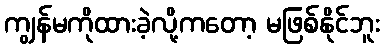
ကျွန်မကိုထားခဲ့လို့ကတော့ မဖြစ်နိုင်ဘူး